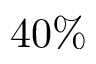
4 0 \%